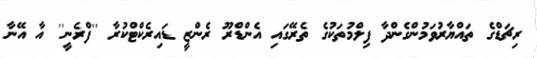
ރިޗަޑްގެ ތައްޔާރުވަމުންގެންދާ ފިލްމުތަކުގެ ތެރޭގައި އެންޑްރޫ ރެންޒީ ޑައިރެކްޓްކުރާ ''ފްރެނީ'' އާ އޭނާ